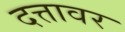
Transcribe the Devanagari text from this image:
दत्तावर